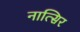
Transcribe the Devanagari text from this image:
नात्सिर